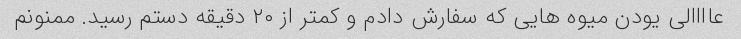
عاااالی یودن میوه هایی که سفارش دادم و کمتر از ۲۰ دقیقه دستم رسید. ممنونم